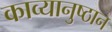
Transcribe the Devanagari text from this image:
काव्यानुष्ठान